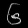
Digit: ၆